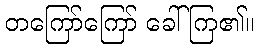
တကြော်ကြော် ခေါ်ကြ၏။